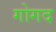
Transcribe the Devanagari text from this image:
गोगद